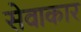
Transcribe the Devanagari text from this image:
सेवाकार